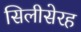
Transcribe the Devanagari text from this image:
सिलीसेरह